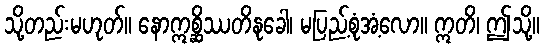
သို့တည်းမဟုတ်။ နောဣစ္ဆိဿတိနုခေါ၊ မပြည့်စုံအံ့လော။ ဣတိ၊ ဤသို့။